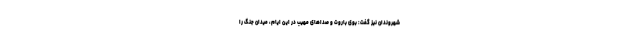
شهروندان نیز گفت: بوی باروت و صداهای مهیب در این ایام، میدان جنگ را